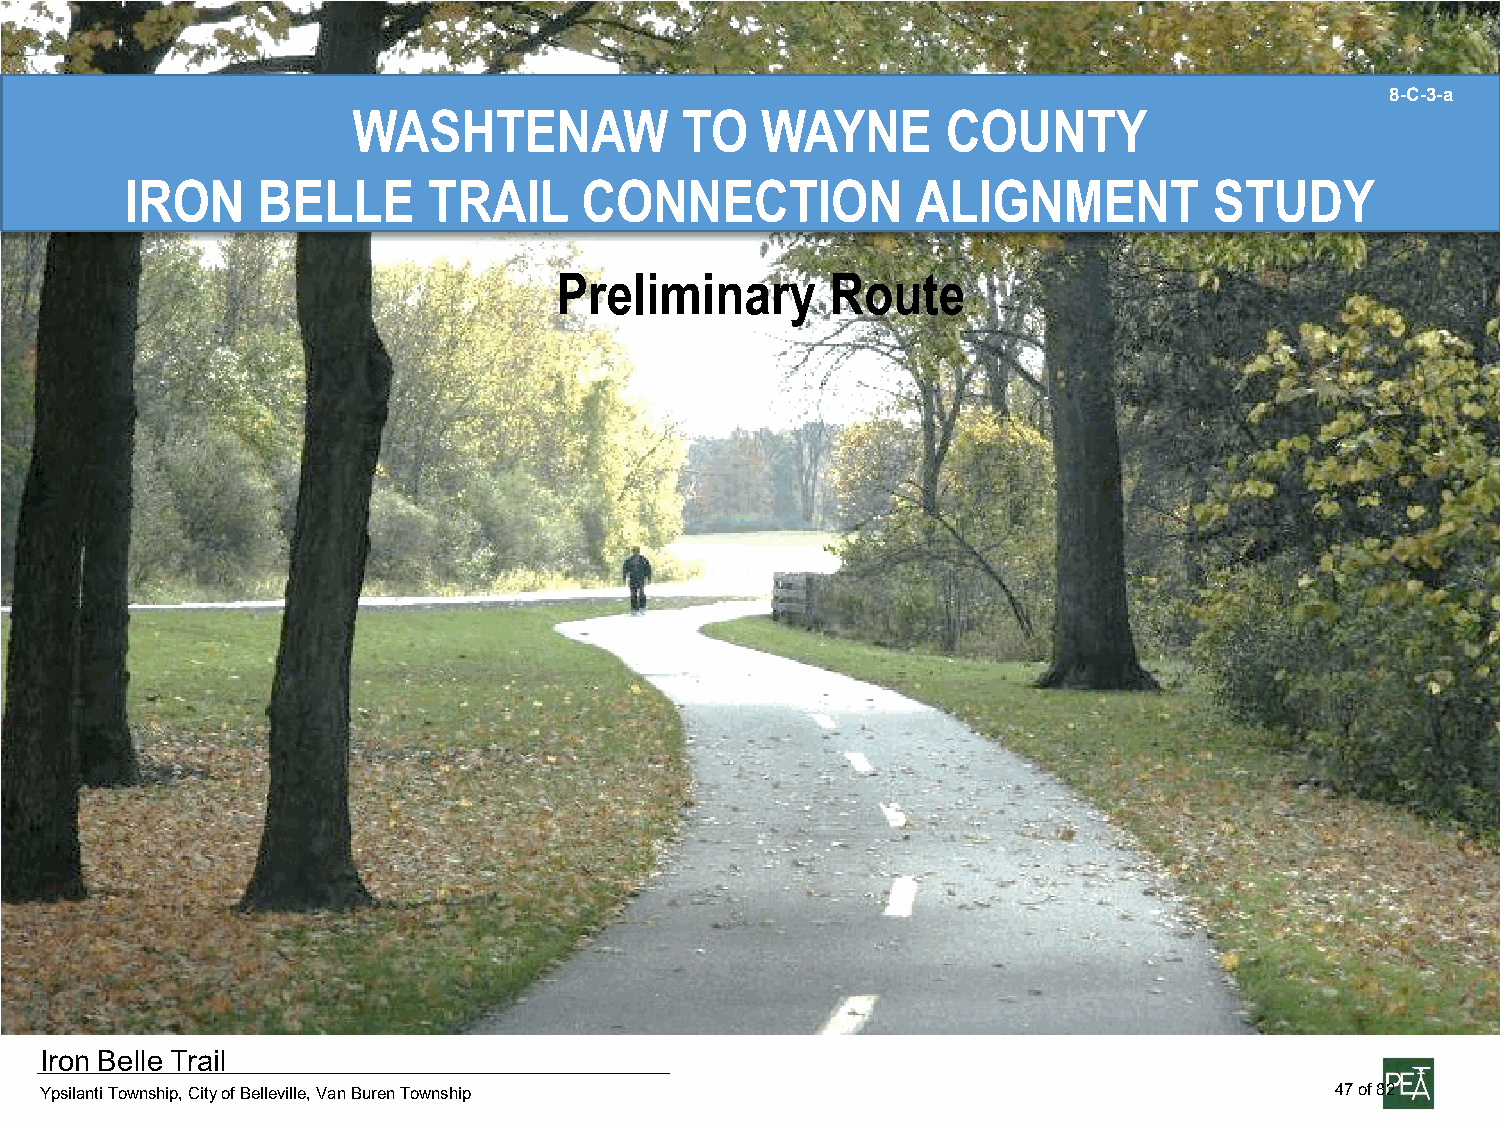
8-C-3-a
 WASHTENAW             TO   WAYNE        COUNTY
 IRON     BELLE      TRAIL      CONNECTION            ALIGNMENT          STUDY
 ,
 Preliminary       Route
 Iron Belle Trail
 47 of 82
 Ypsilanti Township, City of Belleville, Van Buren Township